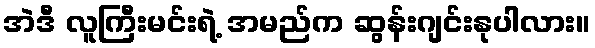
အဲဒီ လူကြီးမင်းရဲ့ အမည်က ဆွန်းဂျင်းနုပါလား။